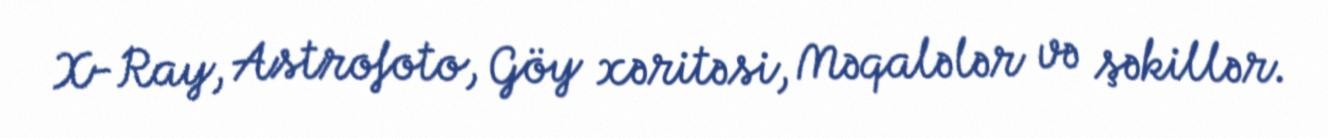
X-Ray, Astrofoto, Göy xəritəsi, Məqalələr və şəkillər.